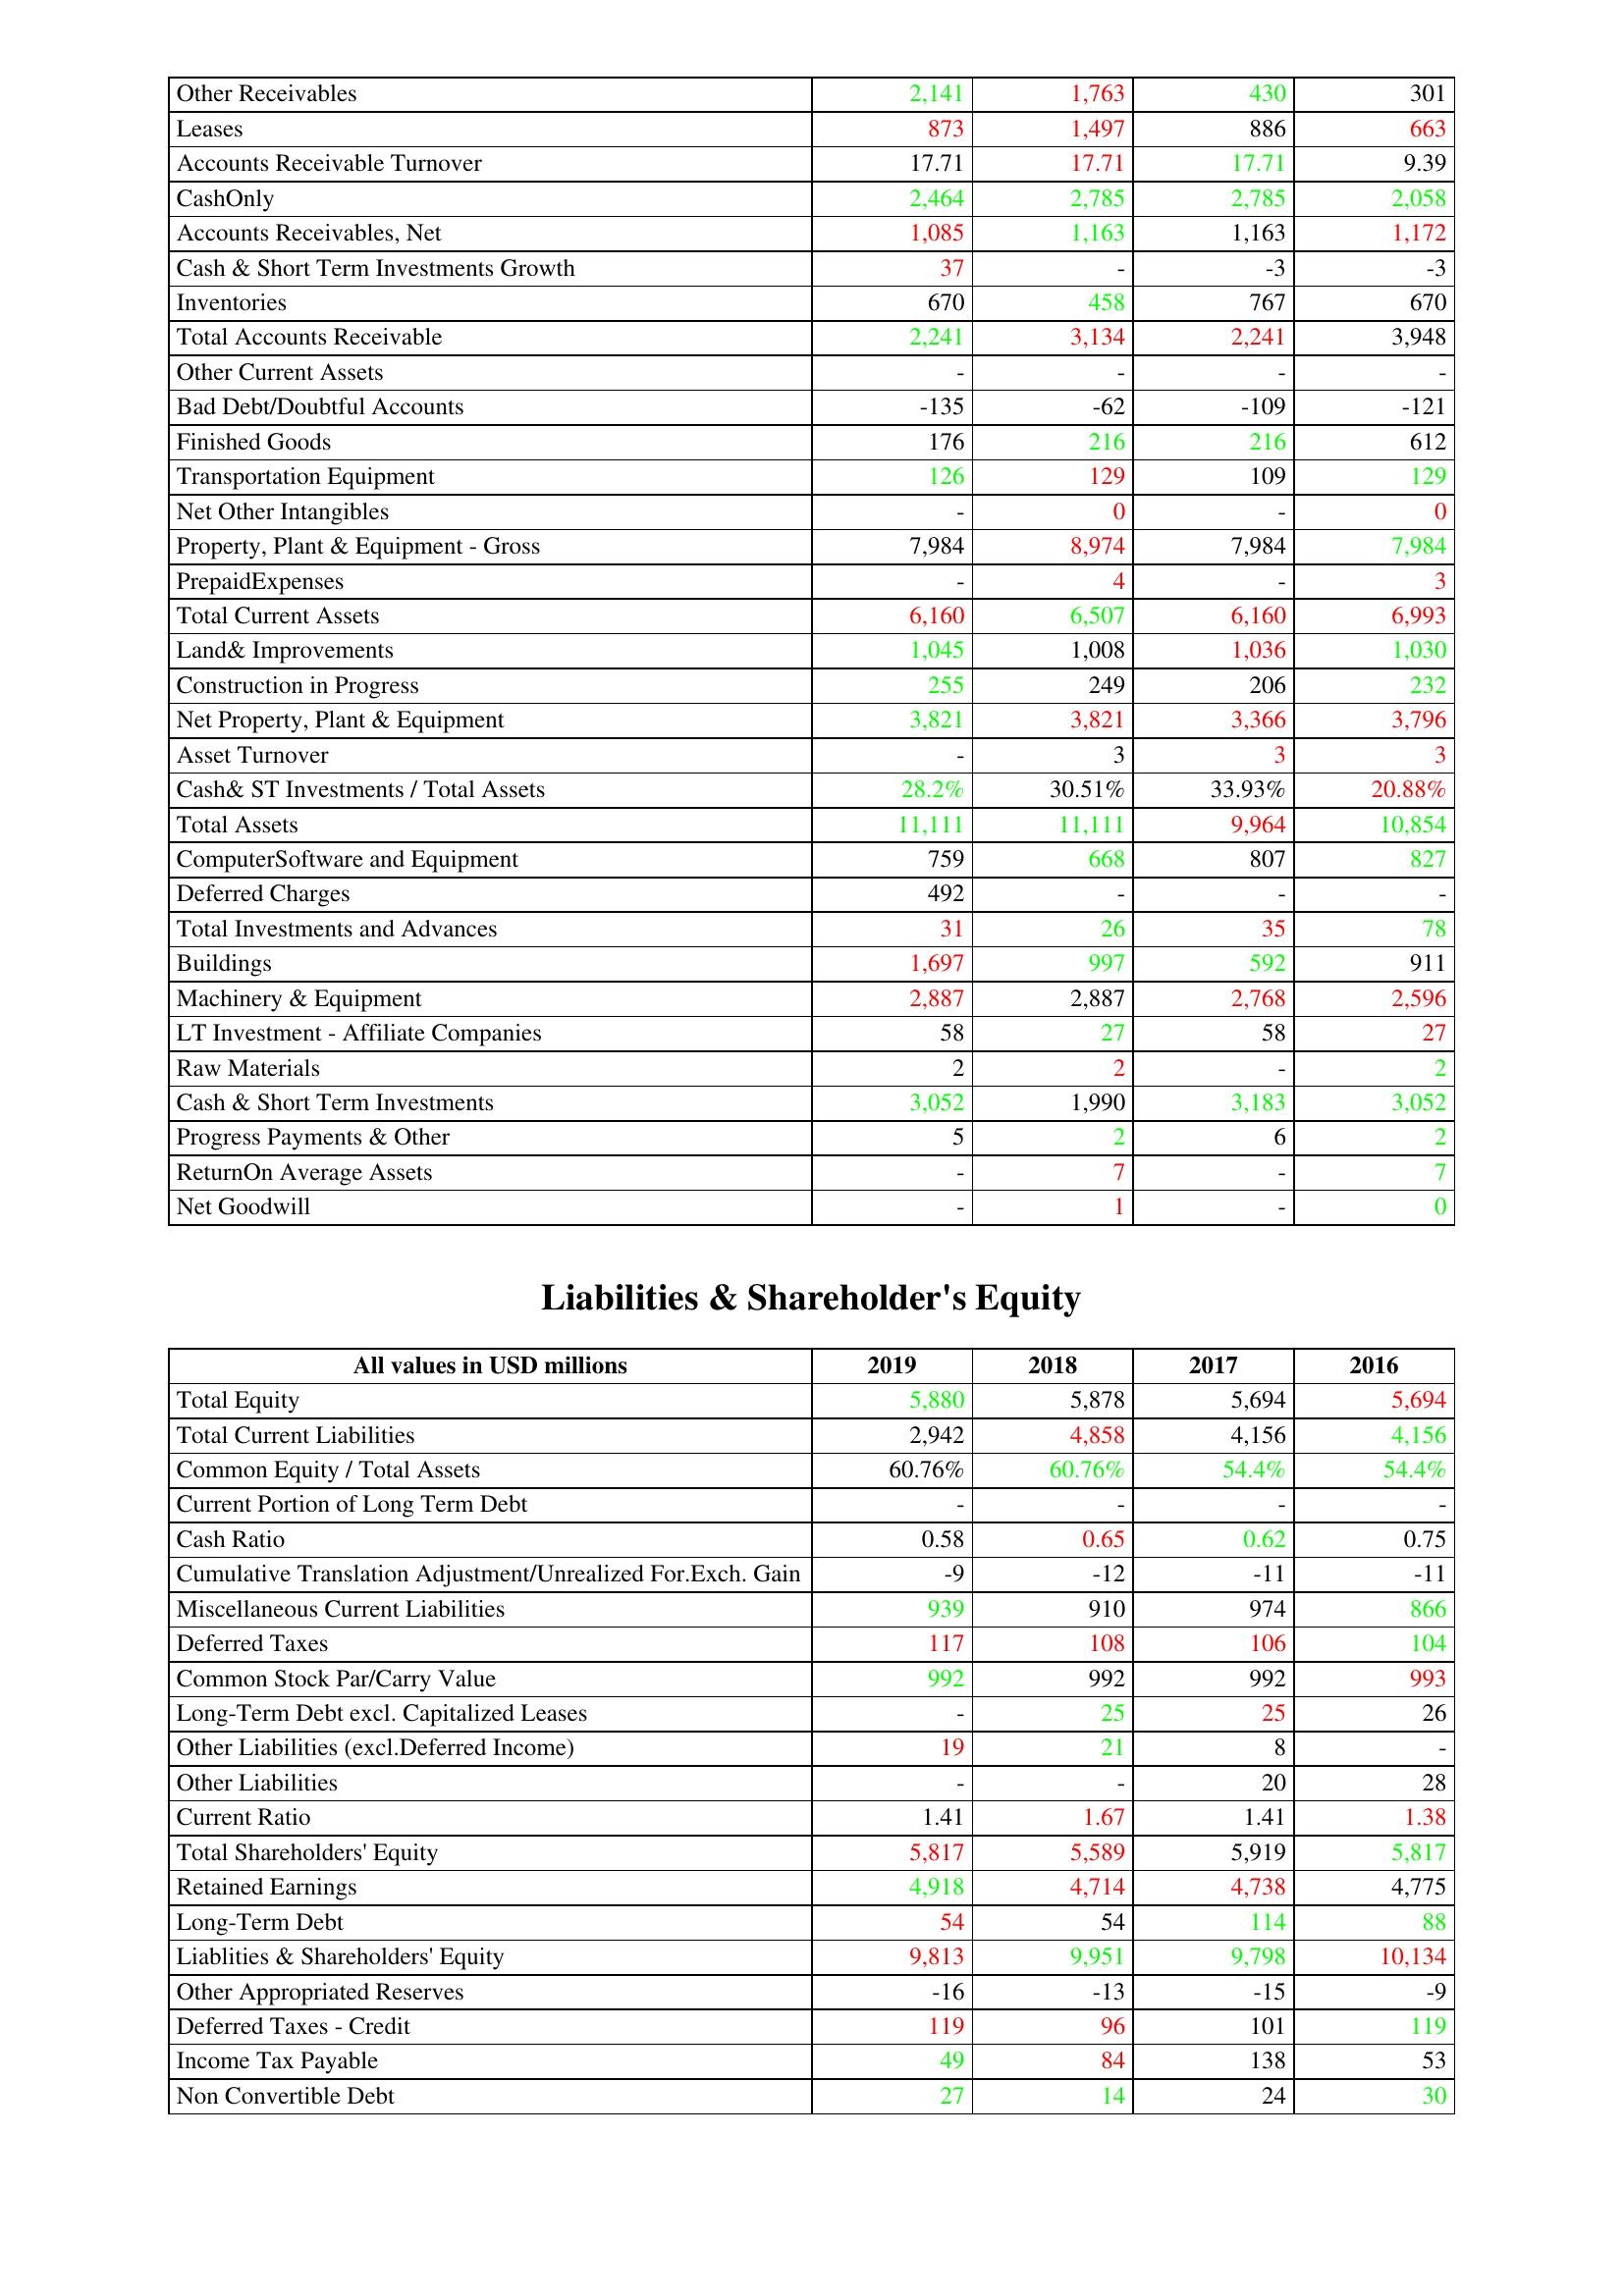
gt_parse: 2019: Assets: Other Receivables: 2,141
Leases: 873
Accounts Receivable Turnover: 17.71
CashOnly: 2,464
Accounts Receivables, Net: 1,085
Cash & Short Term Investments Growth: 37
Inventories: 670
Total Accounts Receivable: 2,241
Other Current Assets: -
Bad Debt/Doubtful Accounts: -135
Finished Goods: 176
Transportation Equipment: 126
Net Other Intangibles: -
Property, Plant & Equipment - Gross : 7,984
PrepaidExpenses: -
Total Current Assets: 6,160
Land& Improvements: 1,045
Construction in Progress: 255
Net Property, Plant & Equipment: 3,821
Asset Turnover: -
Cash& ST Investments / Total Assets: 28.2%
Total Assets: 11,111
ComputerSoftware and Equipment: 759
Deferred Charges: 492
Total Investments and Advances: 31
Buildings: 1,697
Machinery & Equipment: 2,887
LT Investment - Affiliate Companies: 58
Raw Materials: 2
Cash & Short Term Investments: 3,052
Progress Payments & Other: 5
ReturnOn Average Assets: -
Net Goodwill: -
Liabilities & Shareholder's Equity: Total Equity: 5,880
Total Current Liabilities: 2,942
Common Equity / Total Assets: 60.76%
Current Portion of Long Term Debt: -
Cash Ratio: 0.58
Cumulative Translation Adjustment/Unrealized For.Exch. Gain: -9
Miscellaneous Current Liabilities: 939
Deferred Taxes: 117
Common Stock Par/Carry Value: 992
Long-Term Debt excl. Capitalized Leases: -
Other Liabilities (excl.Deferred Income): 19
Other Liabilities: -
Current Ratio: 1.41
Total Shareholders' Equity: 5,817
Retained Earnings: 4,918
Long-Term Debt: 54
Liablities & Shareholders' Equity: 9,813
Other Appropriated Reserves: -16
Deferred Taxes - Credit: 119
Income Tax Payable: 49
Non Convertible Debt: 27
2018: Assets: Other Receivables: 1,763
Leases: 1,497
Accounts Receivable Turnover: 17.71
CashOnly: 2,785
Accounts Receivables, Net: 1,163
Cash & Short Term Investments Growth: -
Inventories: 458
Total Accounts Receivable: 3,134
Other Current Assets: -
Bad Debt/Doubtful Accounts: -62
Finished Goods: 216
Transportation Equipment: 129
Net Other Intangibles: 0
Property, Plant & Equipment - Gross : 8,974
PrepaidExpenses: 4
Total Current Assets: 6,507
Land& Improvements: 1,008
Construction in Progress: 249
Net Property, Plant & Equipment: 3,821
Asset Turnover: 3
Cash& ST Investments / Total Assets: 30.51%
Total Assets: 11,111
ComputerSoftware and Equipment: 668
Deferred Charges: -
Total Investments and Advances: 26
Buildings: 997
Machinery & Equipment: 2,887
LT Investment - Affiliate Companies: 27
Raw Materials: 2
Cash & Short Term Investments: 1,990
Progress Payments & Other: 2
ReturnOn Average Assets: 7
Net Goodwill: 1
Liabilities & Shareholder's Equity: Total Equity: 5,878
Total Current Liabilities: 4,858
Common Equity / Total Assets: 60.76%
Current Portion of Long Term Debt: -
Cash Ratio: 0.65
Cumulative Translation Adjustment/Unrealized For.Exch. Gain: -12
Miscellaneous Current Liabilities: 910
Deferred Taxes: 108
Common Stock Par/Carry Value: 992
Long-Term Debt excl. Capitalized Leases: 25
Other Liabilities (excl.Deferred Income): 21
Other Liabilities: -
Current Ratio: 1.67
Total Shareholders' Equity: 5,589
Retained Earnings: 4,714
Long-Term Debt: 54
Liablities & Shareholders' Equity: 9,951
Other Appropriated Reserves: -13
Deferred Taxes - Credit: 96
Income Tax Payable: 84
Non Convertible Debt: 14
2017: Assets: Other Receivables: 430
Leases: 886
Accounts Receivable Turnover: 17.71
CashOnly: 2,785
Accounts Receivables, Net: 1,163
Cash & Short Term Investments Growth: -3
Inventories: 767
Total Accounts Receivable: 2,241
Other Current Assets: -
Bad Debt/Doubtful Accounts: -109
Finished Goods: 216
Transportation Equipment: 109
Net Other Intangibles: -
Property, Plant & Equipment - Gross : 7,984
PrepaidExpenses: -
Total Current Assets: 6,160
Land& Improvements: 1,036
Construction in Progress: 206
Net Property, Plant & Equipment: 3,366
Asset Turnover: 3
Cash& ST Investments / Total Assets: 33.93%
Total Assets: 9,964
ComputerSoftware and Equipment: 807
Deferred Charges: -
Total Investments and Advances: 35
Buildings: 592
Machinery & Equipment: 2,768
LT Investment - Affiliate Companies: 58
Raw Materials: -
Cash & Short Term Investments: 3,183
Progress Payments & Other: 6
ReturnOn Average Assets: -
Net Goodwill: -
Liabilities & Shareholder's Equity: Total Equity: 5,694
Total Current Liabilities: 4,156
Common Equity / Total Assets: 54.4%
Current Portion of Long Term Debt: -
Cash Ratio: 0.62
Cumulative Translation Adjustment/Unrealized For.Exch. Gain: -11
Miscellaneous Current Liabilities: 974
Deferred Taxes: 106
Common Stock Par/Carry Value: 992
Long-Term Debt excl. Capitalized Leases: 25
Other Liabilities (excl.Deferred Income): 8
Other Liabilities: 20
Current Ratio: 1.41
Total Shareholders' Equity: 5,919
Retained Earnings: 4,738
Long-Term Debt: 114
Liablities & Shareholders' Equity: 9,798
Other Appropriated Reserves: -15
Deferred Taxes - Credit: 101
Income Tax Payable: 138
Non Convertible Debt: 24
2016: Assets: Other Receivables: 301
Leases: 663
Accounts Receivable Turnover: 9.39
CashOnly: 2,058
Accounts Receivables, Net: 1,172
Cash & Short Term Investments Growth: -3
Inventories: 670
Total Accounts Receivable: 3,948
Other Current Assets: -
Bad Debt/Doubtful Accounts: -121
Finished Goods: 612
Transportation Equipment: 129
Net Other Intangibles: 0
Property, Plant & Equipment - Gross : 7,984
PrepaidExpenses: 3
Total Current Assets: 6,993
Land& Improvements: 1,030
Construction in Progress: 232
Net Property, Plant & Equipment: 3,796
Asset Turnover: 3
Cash& ST Investments / Total Assets: 20.88%
Total Assets: 10,854
ComputerSoftware and Equipment: 827
Deferred Charges: -
Total Investments and Advances: 78
Buildings: 911
Machinery & Equipment: 2,596
LT Investment - Affiliate Companies: 27
Raw Materials: 2
Cash & Short Term Investments: 3,052
Progress Payments & Other: 2
ReturnOn Average Assets: 7
Net Goodwill: 0
Liabilities & Shareholder's Equity: Total Equity: 5,694
Total Current Liabilities: 4,156
Common Equity / Total Assets: 54.4%
Current Portion of Long Term Debt: -
Cash Ratio: 0.75
Cumulative Translation Adjustment/Unrealized For.Exch. Gain: -11
Miscellaneous Current Liabilities: 866
Deferred Taxes: 104
Common Stock Par/Carry Value: 993
Long-Term Debt excl. Capitalized Leases: 26
Other Liabilities (excl.Deferred Income): -
Other Liabilities: 28
Current Ratio: 1.38
Total Shareholders' Equity: 5,817
Retained Earnings: 4,775
Long-Term Debt: 88
Liablities & Shareholders' Equity: 10,134
Other Appropriated Reserves: -9
Deferred Taxes - Credit: 119
Income Tax Payable: 53
Non Convertible Debt: 30